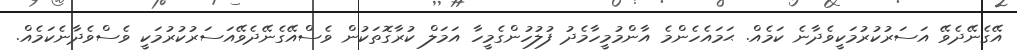
އޭގެނޭދެވޭ އަސަރުކުރުމަކީވެދާނެ ކަމެއް. ޙަމައެހެންމެ އާންމުމީހާމެދު ފުލުހުންގެމީހާ އަމަލް ކުރާގޮތަކުން ވެސްއޭގެނޭދެވޭއަސަރުކުރުމަކީ ވެސްވެދާނެކަމެއްް.